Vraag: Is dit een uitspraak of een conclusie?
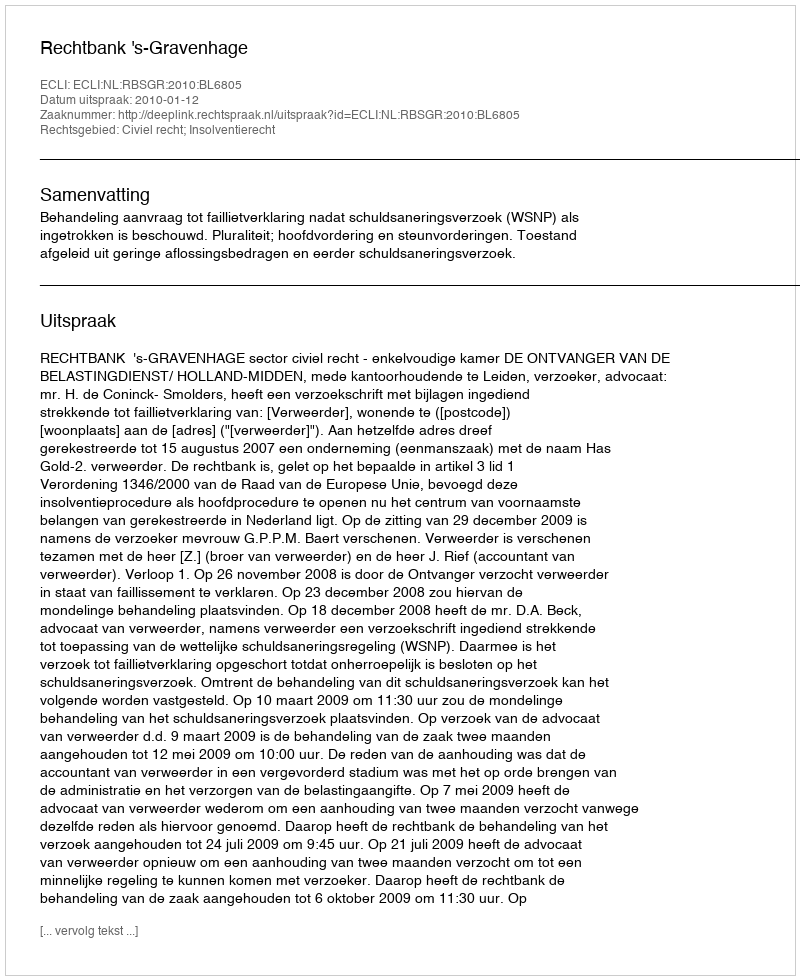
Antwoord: Uitspraak